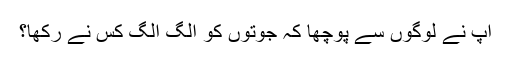
آپ نے لوگوں سے پوچھا کہ جوتوں کو الگ الگ کس نے رکھا؟